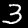
Digit: 3